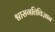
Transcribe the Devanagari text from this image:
श्वासगतिविज्ञान